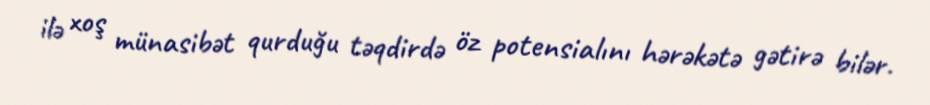
ilə xoş münasibət qurduğu təqdirdə öz potensialını hərəkətə gətirə bilər.